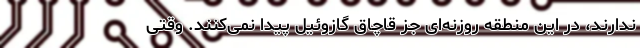
ندارند، در این منطقه روزنه‌ای جز قاچاق گازوئیل پیدا نمی‌کنند. وقتی